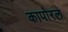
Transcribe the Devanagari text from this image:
कापोरल